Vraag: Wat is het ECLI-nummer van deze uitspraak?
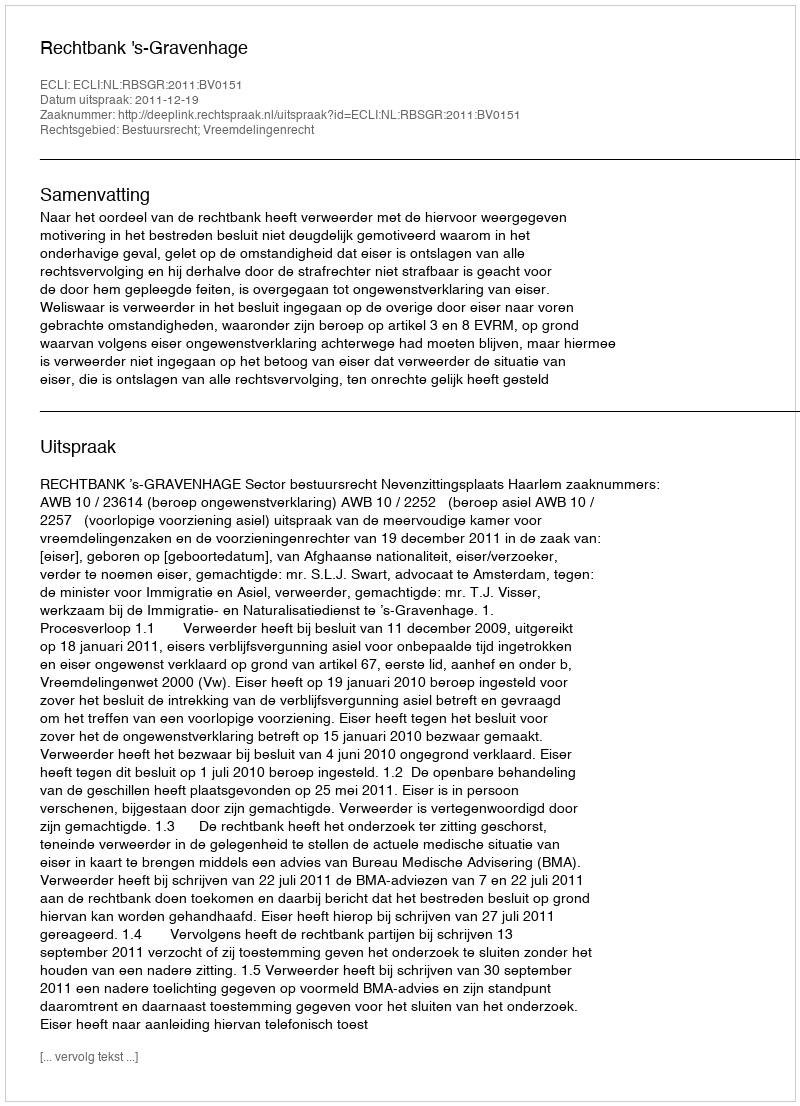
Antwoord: ECLI:NL:RBSGR:2011:BV0151